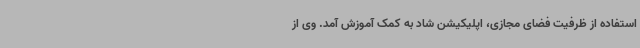
استفاده از ظرفیت فضای مجازی، اپلیکیشن شاد به کمک آموزش آمد. وی از